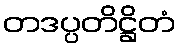
တဒပ္ပတိဋ္ဌိတံ